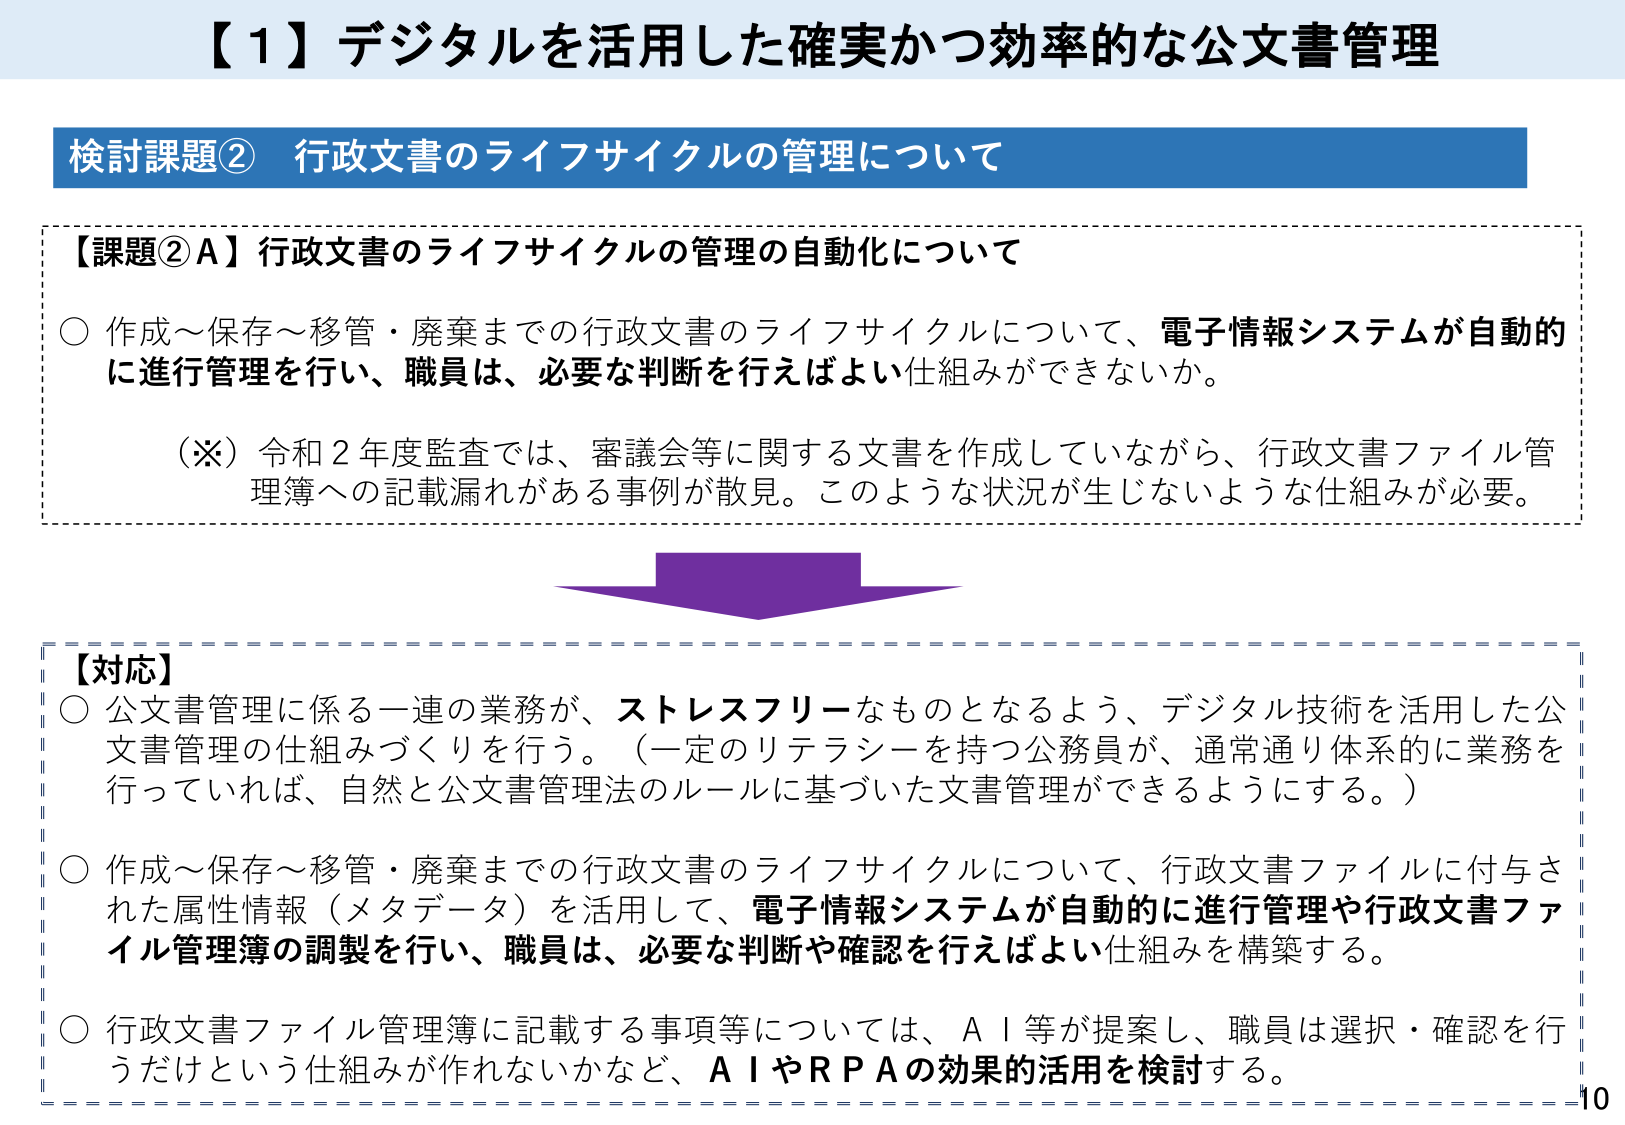
【1】デジタルを活用した確実かつ効率的な公文書管理

検討課題② 行政文書のライフサイクルの管理について

【課題②A】行政文書のライフサイクルの管理の自動化について

○ 作成～保存～移管・廃棄までの行政文書のライフサイクルについて、電子情報システムが自動的に進行管理を行い、職員は、必要な判断を行えばよい仕組みができないか。

（※）令和２年度監査では、審議会等に関する文書を作成していながら、行政文書ファイル管理簿への記載漏れがある事例が散見。このような状況が生じないような仕組みが必要。

【対応】

○ 公文書管理に係る一連の業務が、ストレスフリーなものとなるよう、デジタル技術を活用した公文書管理の仕組みづくりを行う。（一定のリテラシーを持つ公務員が、通常通り体系的に業務を行っていれば、自然と公文書管理法のルールに基づいた文書管理ができるようにする。）

○ 作成～保存～移管・廃棄までの行政文書のライフサイクルについて、行政文書ファイルに付与された属性情報（メタデータ）を活用して、電子情報システムが自動的に進行管理や行政文書ファイル管理簿の調製を行い、職員は、必要な判断や確認を行えばよい仕組みを構築する。

○ 行政文書ファイル管理簿に記載する事項等については、AI等が提案し、職員は選択・確認を行うだけという仕組みが作れないかなど、AIやRPAの効果的活用を検討する。

10